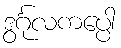
ဒွင်္ဂုလကပ္ပေါ